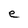
Character: e